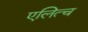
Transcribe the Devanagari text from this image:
एलित्च